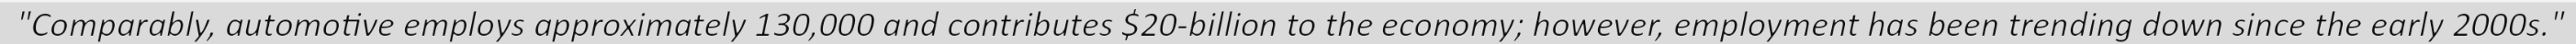
"Comparably, automotive employs approximately 130,000 and contributes $20-billion to the economy; however, employment has been trending down since the early 2000s."